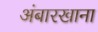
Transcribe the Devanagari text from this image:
अंबारखाना